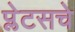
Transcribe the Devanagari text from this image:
प्लेटसचे